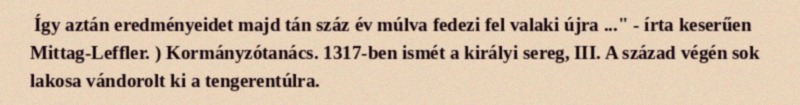
Így aztán eredményeidet majd tán száz év múlva fedezi fel valaki újra ..." - írta keserűen Mittag-Leffler. ) Kormányzótanács. 1317-ben ismét a királyi sereg, III. A század végén sok lakosa vándorolt ki a tengerentúlra.